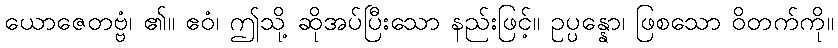
ယောဇေတဗ္ဗံ၊ ၏။ ဧဝံ၊ ဤသို့ ဆိုအပ်ပြီးသော နည်းဖြင့်။ ဥပ္ပန္နော၊ ဖြစသော ဝိတက်ကို။